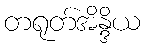
တရုတ်အိန္ဒိယ